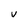
Character: V